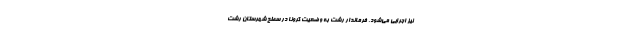
نیز اجرایی می‌شود. فرماندار رشت به وضعیت کرونا در سطح شهرستان رشت